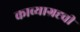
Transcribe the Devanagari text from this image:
काव्याग्रह्ची